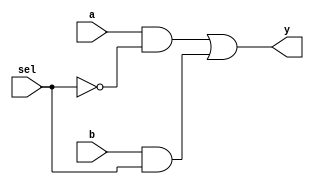
//-----------------------------------------------------
// Design Name : mux_2to1_gates
// Function    : 2:1 Mux using Gate Primitives
// Coder       : Deepak Kumar Tala
//-----------------------------------------------------
module mux_2to1_gates(a,b,sel,y);
input a,b,sel;
output y;

wire sel,a_sel,b_sel;

not U_inv (inv_sel,sel);
and U_anda (asel,a,inv_sel),
    U_andb (bsel,b,sel);
or U_or (y,asel,bsel);

endmodule